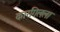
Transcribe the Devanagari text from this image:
कारगिलला